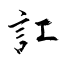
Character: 訌